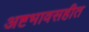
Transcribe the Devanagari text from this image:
अष्टभावसहीत